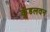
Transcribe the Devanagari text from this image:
कुँडलवन